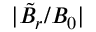
| \tilde { B } _ { r } / B _ { 0 } |